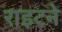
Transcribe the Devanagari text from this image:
राइटने